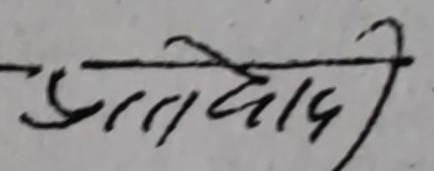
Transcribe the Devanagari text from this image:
प्रतिवादी